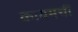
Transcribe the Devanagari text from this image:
कायमचीं